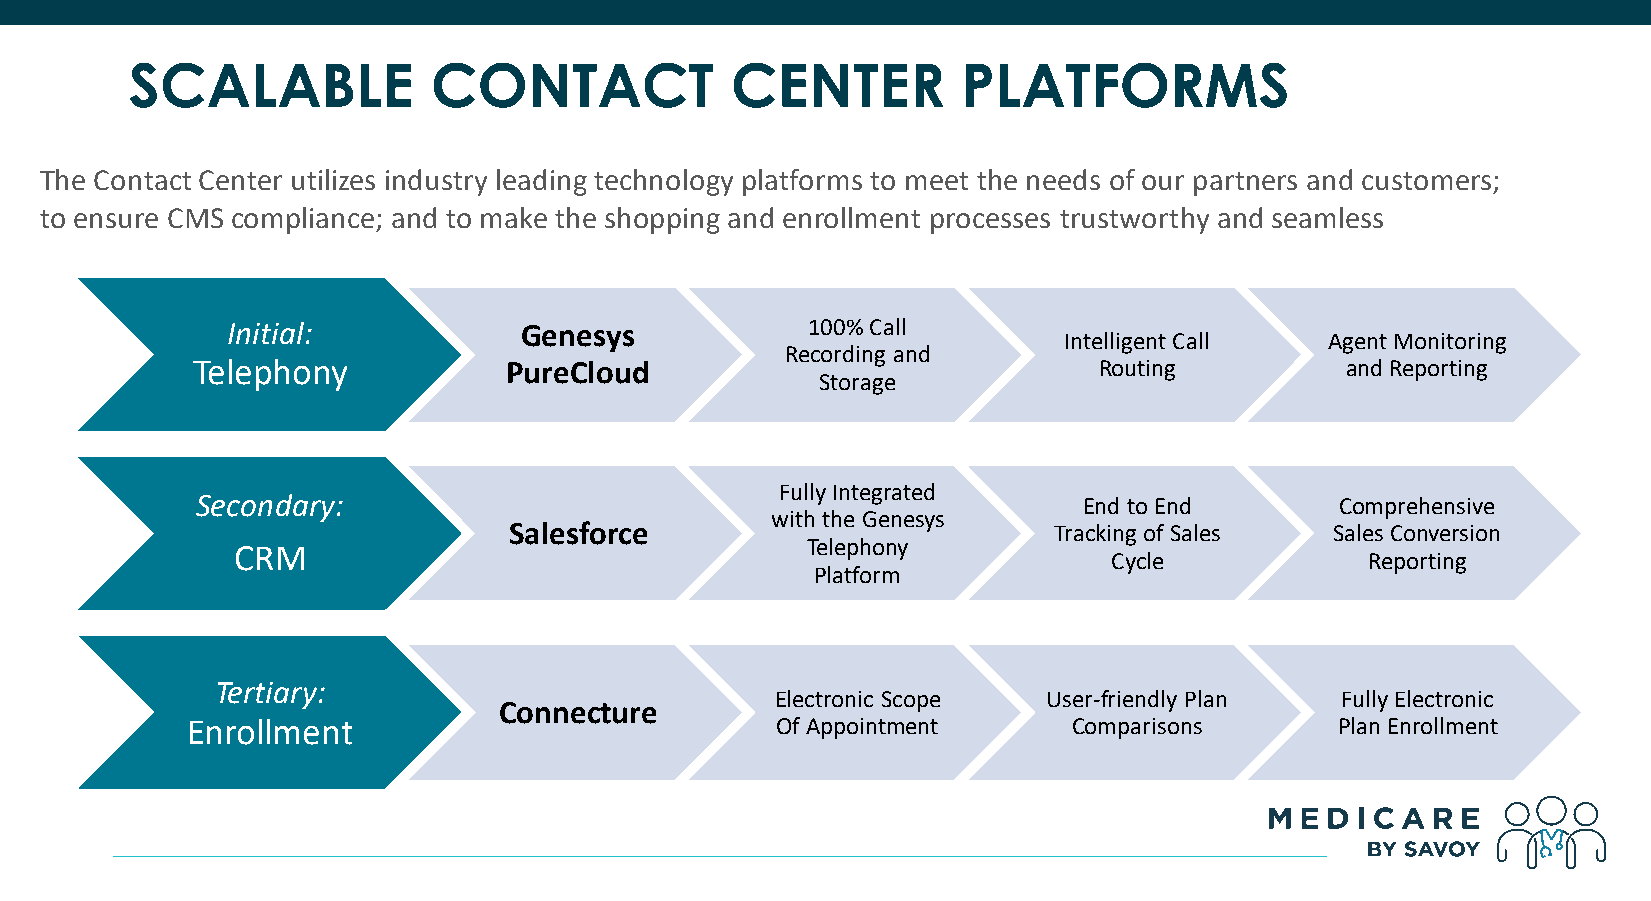
SCALABLE            CONTACT            CENTER          PLATFORMS
 The Contact Center utilizes industry leading technology platforms to meet the needs of our partners and customers;
 to ensure CMS compliance; and to make the shopping and enrollment processes trustworthy and seamless
 Initial:            Genesys           100% Call
 Intelligent Call  Agent Monitoring
 Recording and
 Telephony            PureCloud                              Routing         and Reporting
 Storage
 Fully Integrated
 Secondary:                                                 End to End       Comprehensive
 with the Genesys
 Salesforce                          Tracking of Sales Sales Conversion
 CRM                                   Telephony
 Cycle            Reporting
 Platform
 Tertiary:
 Electronic Scope  User-friendly Plan  Fully Electronic
 Connecture
 Enrollment                             Of Appointment      Comparisons      Plan Enrollment